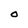
Character: O